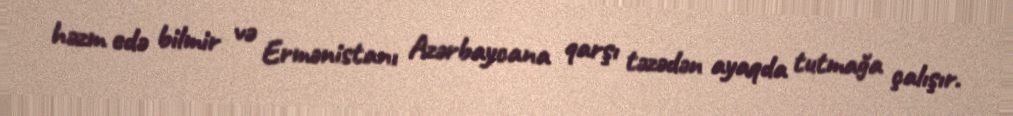
həzm edə bilmir və Ermənistanı Azərbaycana qarşı təzədən ayaqda tutmağa çalışır.